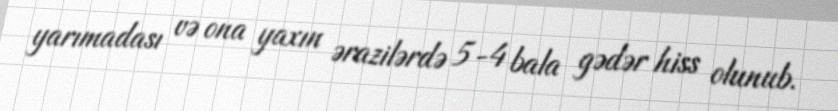
yarımadası və ona yaxın ərazilərdə 5-4 bala gədər hiss olunub.